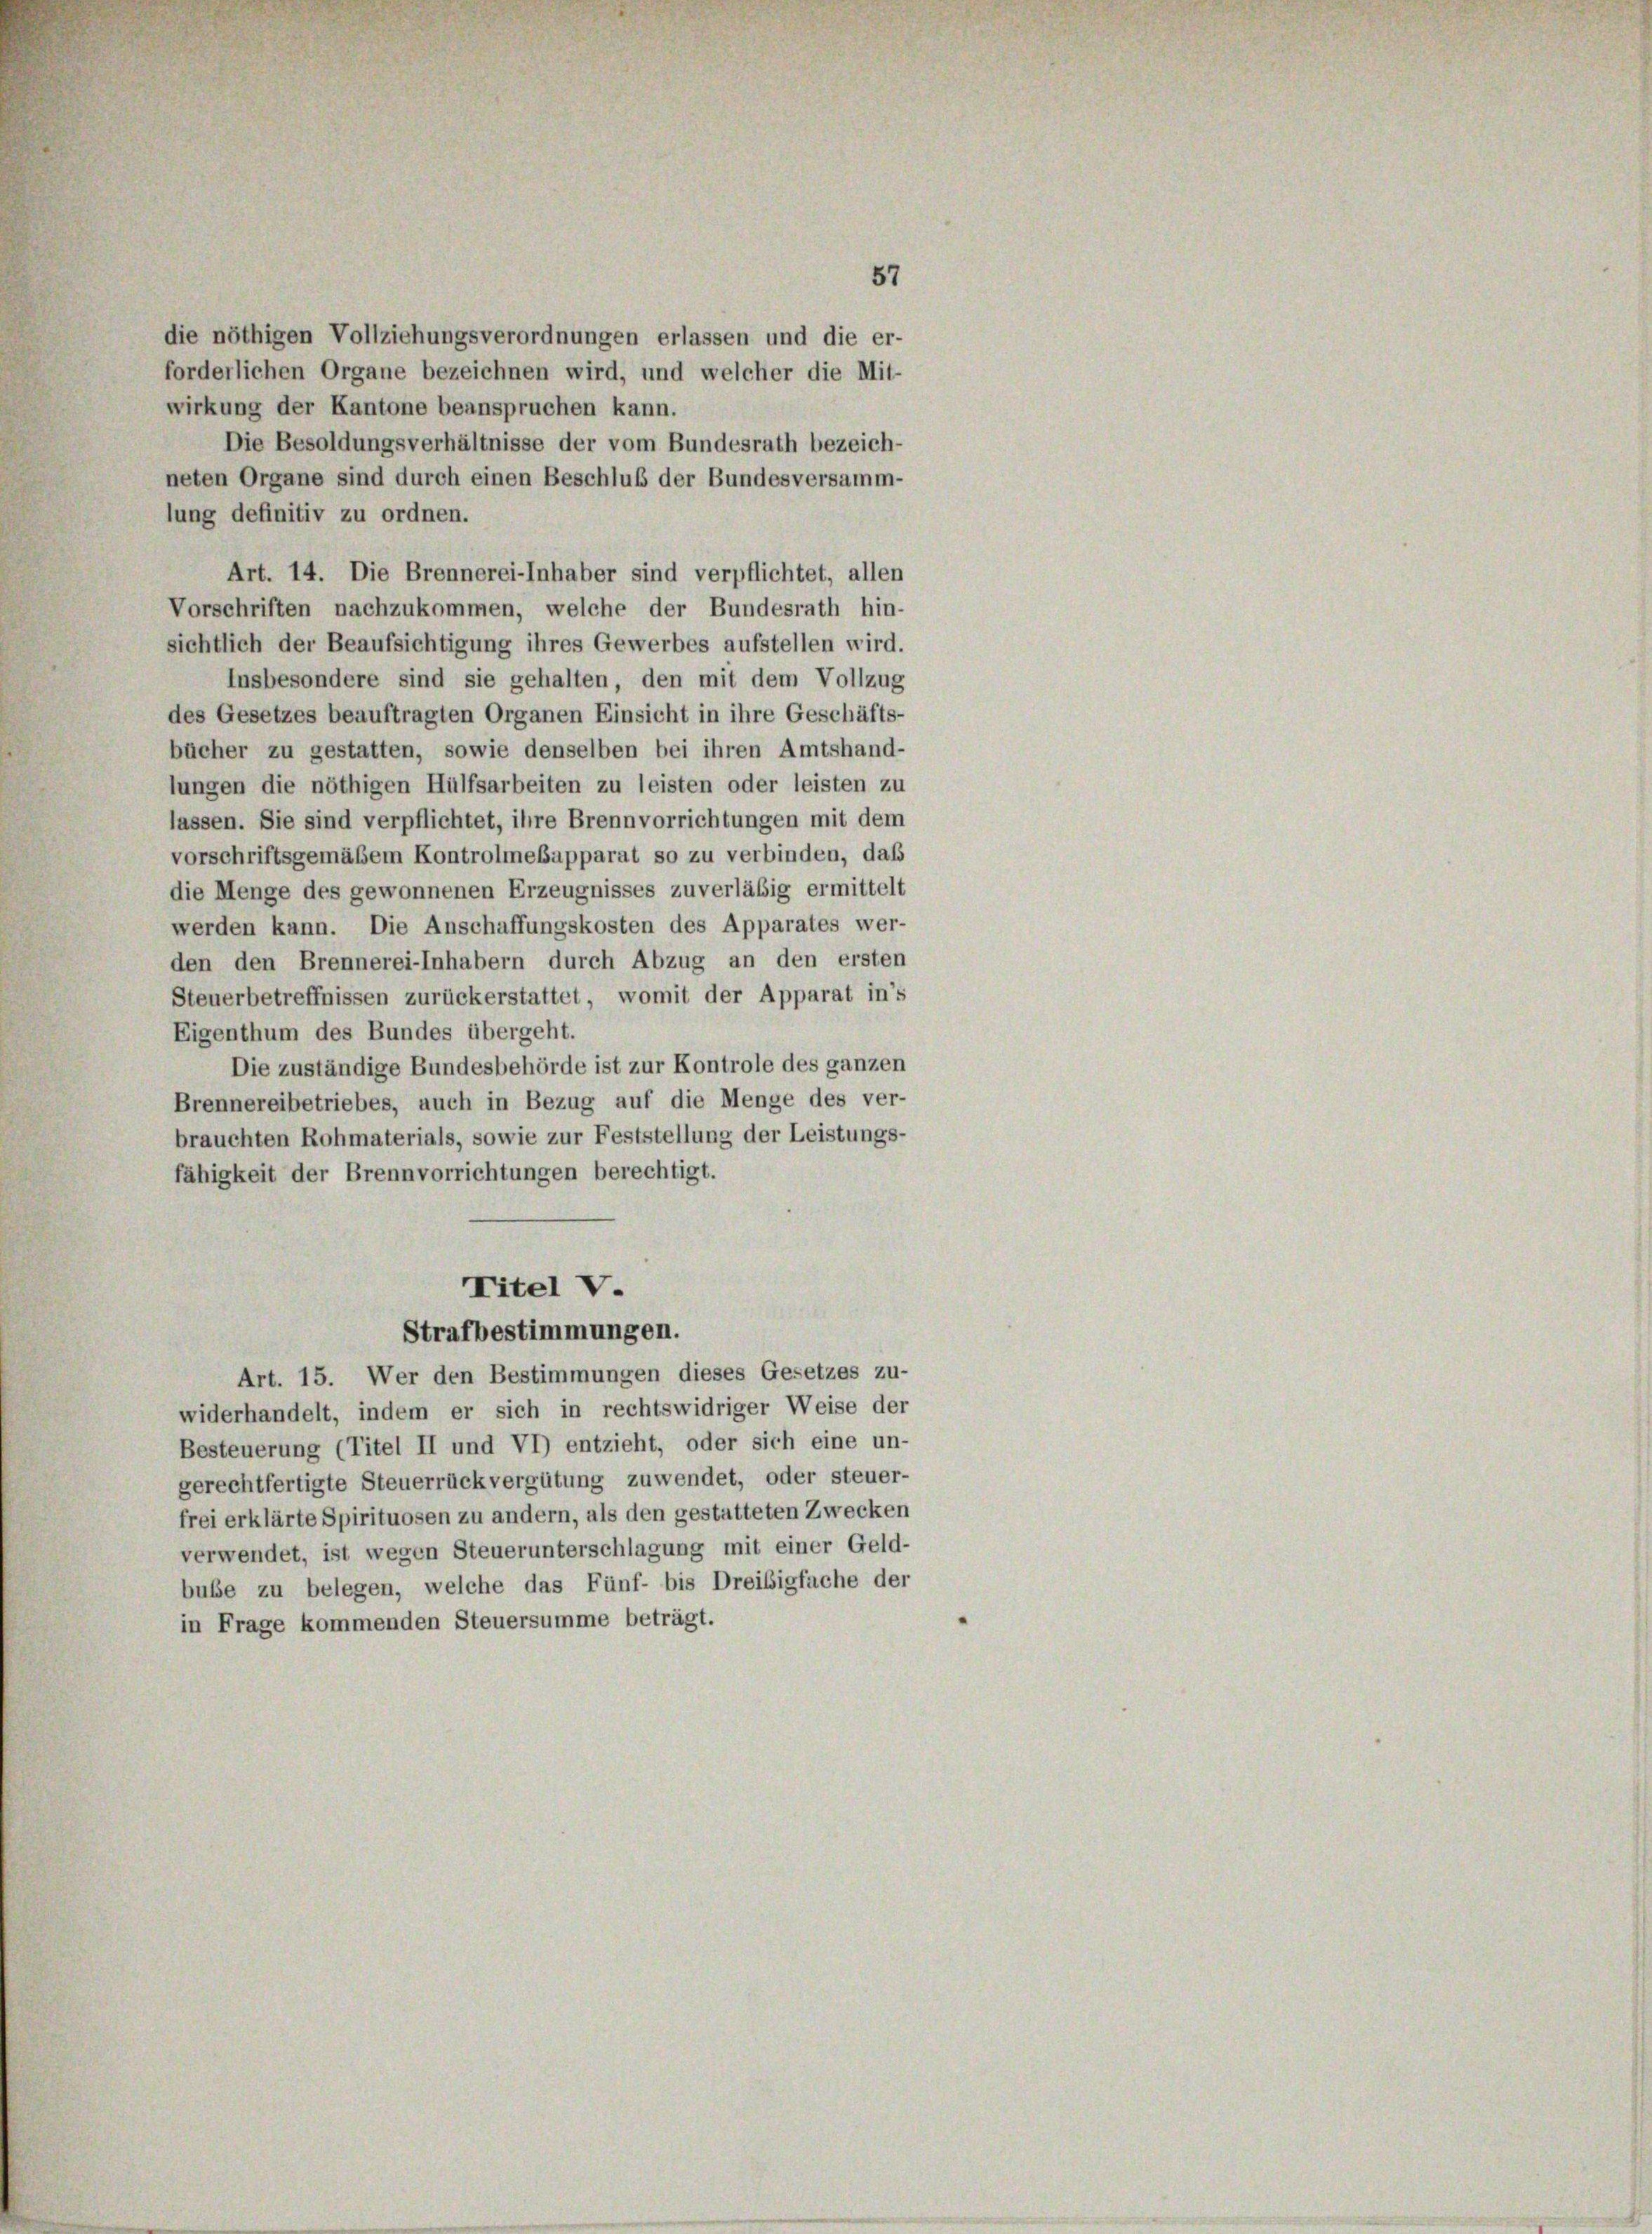
die nöthigen Vollziehungsverordnungen erlassen und die er-
forderlichen Organe bezeichnen wird, und welcher die Mit-
wirkung der Kantone beanspruchen kann.
Die Besoldungsverhältnisse der vom Bundesrath bezeich-
neten Organe sind durch einen Beschluß der Bundesversamm-
lung definitiv zu ordnen.
Art. 14. Die Brennerei-Inhaber sind verpflichtet, allen
Vorschriften nachzukommen, welche der Bundesrath hin-
sichtlich der Beaufsichtigung ihres Gewerbes aufstellen wird.
Insbesondere sind sie gehalten, den mit dem Vollzug
des Gesetzes beauftragten Organen Einsicht in ihre Geschäfts-
bücher zu gestatten, sowie denselben bei ihren Amtshand-
lungen die nöthigen Hülfsarbeiten zu leisten oder leisten zu
lassen. Sie sind verpflichtet, ihre Brennvorrichtungen mit dem
vorschriftsgemäßem Kontrolmesapparat so zu verbinden, daß
die Menge des gewonnenen Erzeugnisses zuverläßig ermittelt
werden kann. Die Anschaffungskosten des Apparates wer-
den den Brennerei-Inhabern durch Abzug an den ersten
Steuerbetreffnissen zurückerstattet, womit der Apparat in’s
Eigenthum des Bundes übergeht.
Die zuständige Bundesbehörde ist zur Kontrole des ganzen
Brennereibetriebes, auch in Bezug auf die Menge des ver-
brauchten Rohmaterials, sowie zur Feststellung der Leistungs-
fähigkeit der Brennvorrichtungen berechtigt.
Titel V.
Strafbestimmungen.
Art. 15. Wer den Bestimmungen dieses Gesetzes zu-
widerhandelt, indem er sich in rechtswidriger Weise der
Besteuerung (Titel II und VI) entzieht, oder sich eine un-
gerechtfertigte Steuerrückvergütung zuwendet, oder steuer-
frei erklärte Spirituosen zu andern, als den gestatteten Zwecken
verwendet, ist wegen Steuerunterschlagung mit einer Geld-
bube zu belegen, welche das Fünf- bis Dreibigfache der
in Frage kommenden Steuersumme beträgt.

57